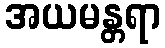
အယမန္တရာ